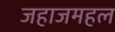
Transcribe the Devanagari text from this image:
जहाजमहल